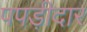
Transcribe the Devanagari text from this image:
पपड़ीदार